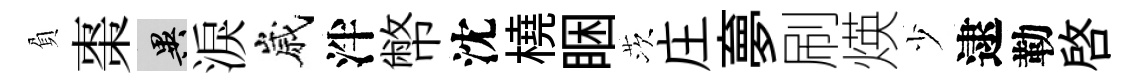
負棗异淚嵗泮幣沈橈睏茨庄夣刷煐少逮勒啓